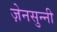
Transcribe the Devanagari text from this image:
ज़ेनसुन्नी